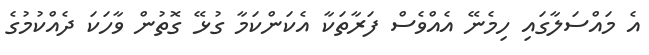
އެ މައްސަލާގައި ހިމެނޭ އެއްވެސް ފަރާތަކާ އެކަންކަމާ ގުޅޭ ގޮތުން ވާހަކަ ދެއްކުމުގެ